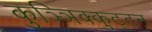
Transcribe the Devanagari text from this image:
कुञ्ञिक्कुट्टन